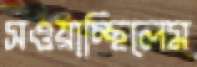
সওয়াচ্ছিলেম